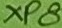
Text: XP8